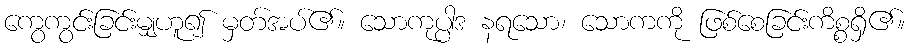
ကွေကွင်းခြင်းမျှဟူ၍ မှတ်အပ်၏။ သောကုပ္ပါဒ နရသော၊ သောကကို ဖြစ်စေခြင်းကိစ္စရှိ၏။